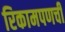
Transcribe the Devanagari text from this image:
रिकामपणची